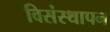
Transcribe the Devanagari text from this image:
विसंस्थापन